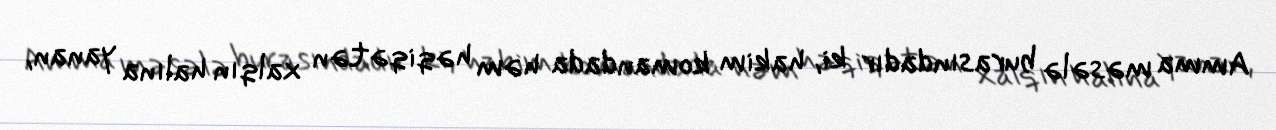
Amma məsələ burasındadır ki, hakim komandada həm həqiqətən xalqın halına yanan,